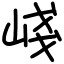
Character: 㟞